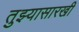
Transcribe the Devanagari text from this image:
तुझ्यासारखी